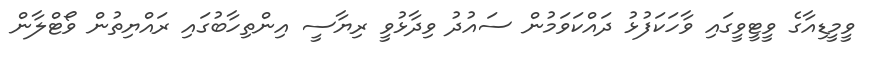
ވީމީޑިއާގެ ވީޓީވީގައި ވާހަކަފުޅު ދައްކަވަމުން ސައުދު ވިދާޅުވީ ރިޔާސީ އިންތިހާބުގައި ރައްޔިތުން ވޯޓްލާން